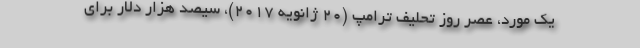
یک مورد، عصر روز تحلیف ترامپ (۲۰ ژانویه ۲۰۱۷)، سیصد هزار دلار برای